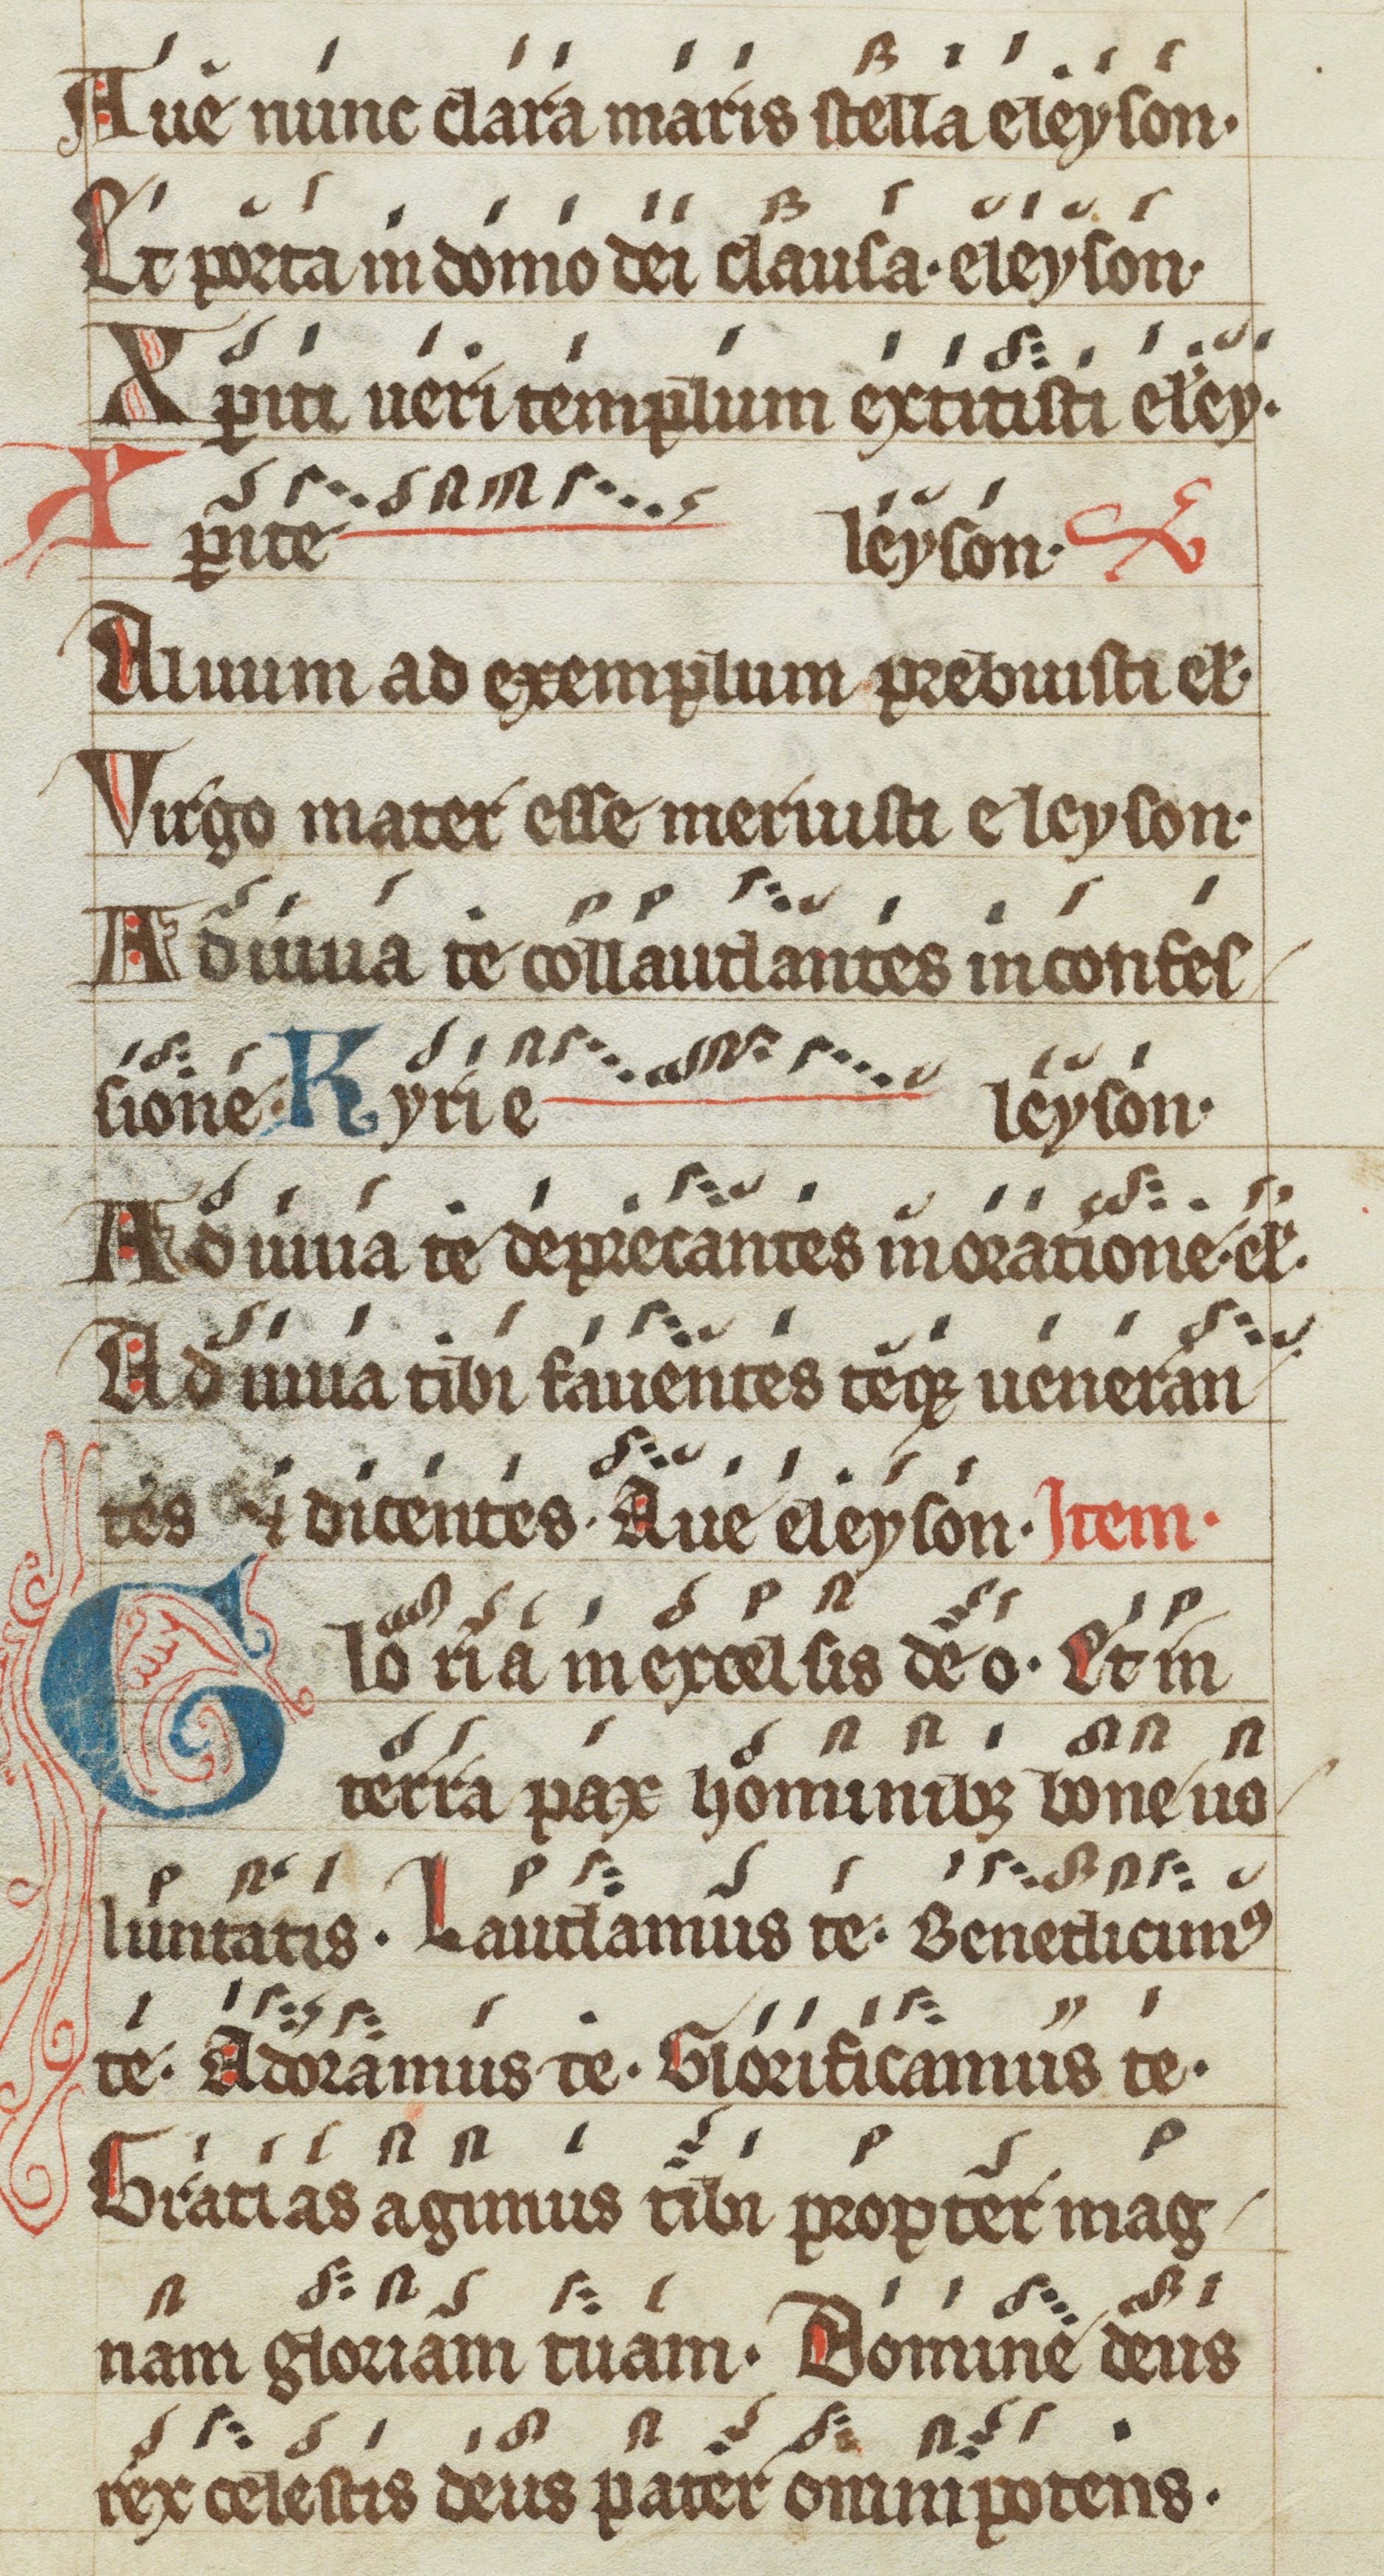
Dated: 1200–1299